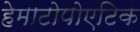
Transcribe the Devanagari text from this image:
हेमाटोपोएटिक